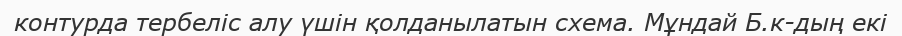
контурда тербеліс алу үшін қолданылатын схема. Мұндай Б.к-дың екі